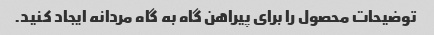
توضیحات محصول را برای پیراهن گاه به گاه مردانه ایجاد کنید.